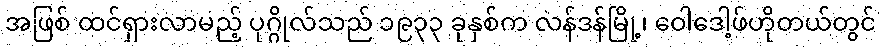
အဖြစ် ထင်ရှားလာမည့် ပုဂ္ဂိုလ်သည် ၁၉၃၃ ခုနှစ်က လန်ဒန်မြို့၊ ဝေါဒေါ့ဖ်ဟိုတယ်တွင်